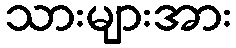
သားများအား